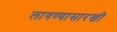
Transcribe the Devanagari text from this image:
लागण्यासारखी